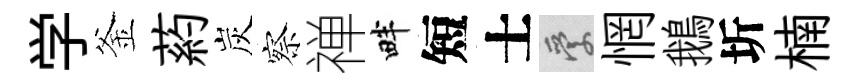
学釜葯炭察禅畔短士愛惘鵝圻楠